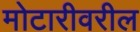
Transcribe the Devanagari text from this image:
मोटारीवरील